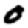
Digit: 0